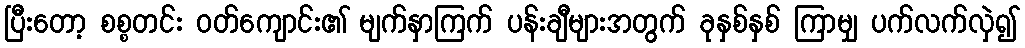
ပြီးတော့ စစ္စတင်း ဝတ်ကျောင်း၏ မျက်နှာကြက် ပန်းချီများအတွက် ခုနှစ်နှစ် ကြာမျှ ပက်လက်လှဲ၍